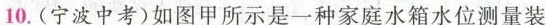
10. (宁波中考)如图甲所示是一种家庭水箱水位测量装